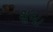
શૂબા